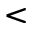
<